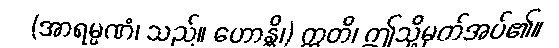
(အာရမ္မဏံ၊ သည်။ ဟောန္တိ၊) ဣတိ၊ ဤသို့မှတ်အပ်၏။